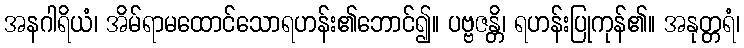
အနဂါရိယံ၊ အိမ်ရာမထောင်သောရဟန်း၏ဘောင်၍။ ပဗ္ဗဇန္တိ၊ ရဟန်းပြုကုန်၏။ အနုတ္တရံ၊